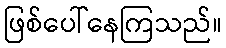
ဖြစ်ပေါ်နေကြသည်။